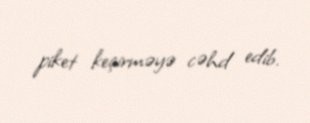
piket keçirməyə cəhd edib.